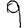
Digit: 9